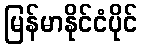
မြန်မာနိုင်ငံပိုင်